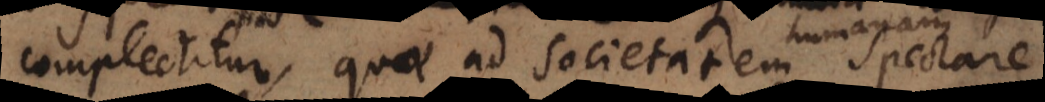
complectitur, quae ad societatem spectare